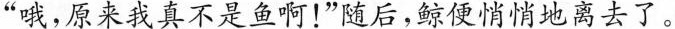
”哦，原来我真不是鱼啊！”随后，鲸便悄悄地离去了。